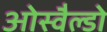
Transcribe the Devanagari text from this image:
ओस्वैल्डो